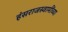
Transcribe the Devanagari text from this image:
हंसराजस्वामींच्या